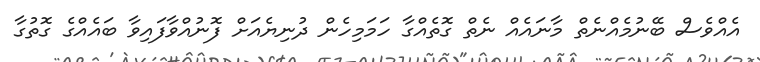
އެއްވެސް ބޭނުމެއްނެތް މާނައެއް ނެތް ގޮތެއްގާ ހަމަމިހެން ދުނިޔެއަށް ފޮނުއްވާފައިވާ ބައެއްގެ ގޮތުގާ